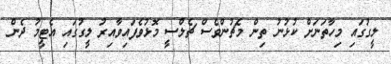
ލީގުގައި މިހާތަނަށް ކުޅުނު ތިން މެޗުންވެސް ޗެލްސީ މޮޅުވެފައިވާއިރު ލީގުގައި އެޓީމު ދެން